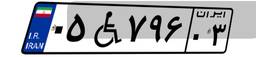
۱۴W۸۰۰۴۶